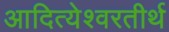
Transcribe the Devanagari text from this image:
आदित्येश्वरतीर्थ